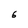
Character: 6